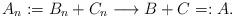
LaTeX: \begin{align*}A_n := B_n + C_n \longrightarrow B+C =:A .\end{align*}